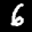
Label: 6